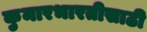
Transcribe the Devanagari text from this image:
कुमारभारतीसाठी